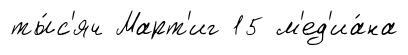
ты́с'яч Март'иг 15 м'ед'иа́на